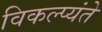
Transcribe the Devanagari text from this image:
विकल्प्यंते